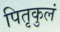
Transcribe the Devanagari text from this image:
पितृकुलं